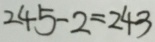
2 4 5 - 2 = 2 4 3